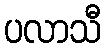
ပလာသီ